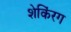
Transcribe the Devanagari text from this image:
शेकिंरग